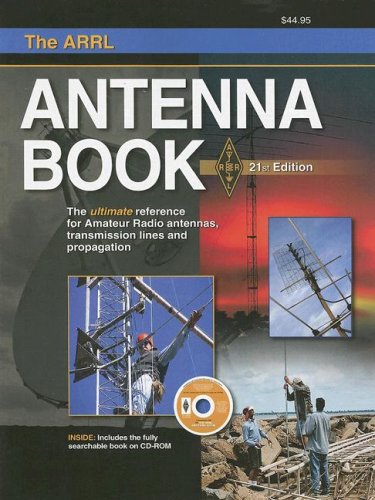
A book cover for The ARRL Antenna Book: The Ultimate Reference for Amateur Radio Antennas, Transmission Lines And Propagation (Arrl Antenna Book); American Radio Relay League; Crafts, Hobbies & Home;